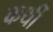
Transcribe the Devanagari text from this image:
कर्थी